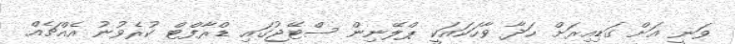
ވަނީ އަށް ގަޑިއިރަށް ހަދާ ވާހަކައަކީ ޕްލޭނިން ސްޓޭޖުގައި ޑްރާފްޓް ކުރެވުނު އެއްޗެއް